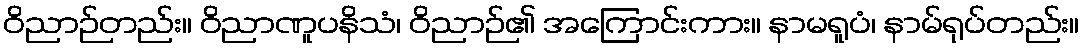
ဝိညာဉ်တည်း။ ဝိညာဏူပနိသံ၊ ဝိညာဉ်၏ အကြောင်းကား။ နာမရူပံ၊ နာမ်ရုပ်တည်း။